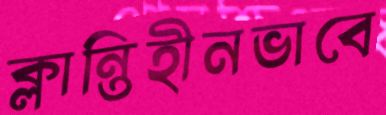
ক্লান্তিহীনভাবে